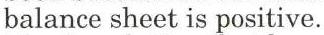
balance sheet is positive.